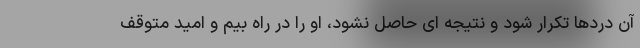
آن دردها تکرار شود و نتیجه ای حاصل نشود، او را در راه بیم و امید متوقف